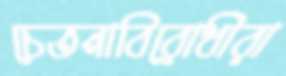
চেতনাবিরোধীরা